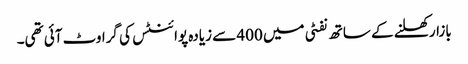
بازار کھلنے کے ساتھ نفٹی میں 400 سے زیادہ پوائنٹس کی گراوٹ آئی تھی۔